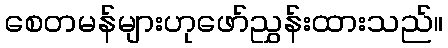
စေတမန်များဟုဖော်ညွှန်းထားသည်။